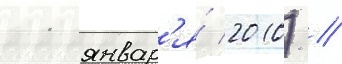
11 январ'я́ 2010) //